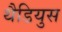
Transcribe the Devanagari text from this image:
थैडियुस